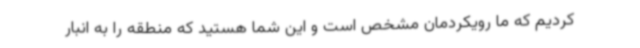
کردیم که ما رویکردمان مشخص است و این شما هستید که منطقه را به انبار